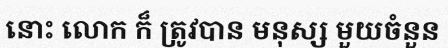
នោះ លោក ក៏ ត្រូវបាន មនុស្ស មួយចំនួន